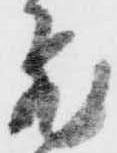
飛